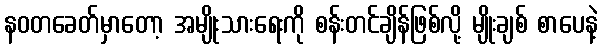
နဝတခေတ်မှာတော့ အမျိုးသားရေးကို စန်းတင်ချိန်ဖြစ်လို့ မျိုးချစ် စာပေနဲ့